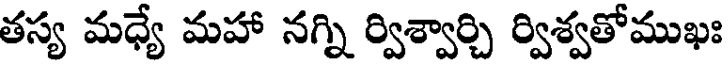
తస్య మధ్యే మహా నగ్ని ర్విశ్వార్చి ర్విశ్వతోముఖః